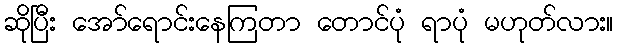
ဆိုပြီး အော်ရောင်းနေကြတာ တောင်ပုံ ရာပုံ မဟုတ်လား။